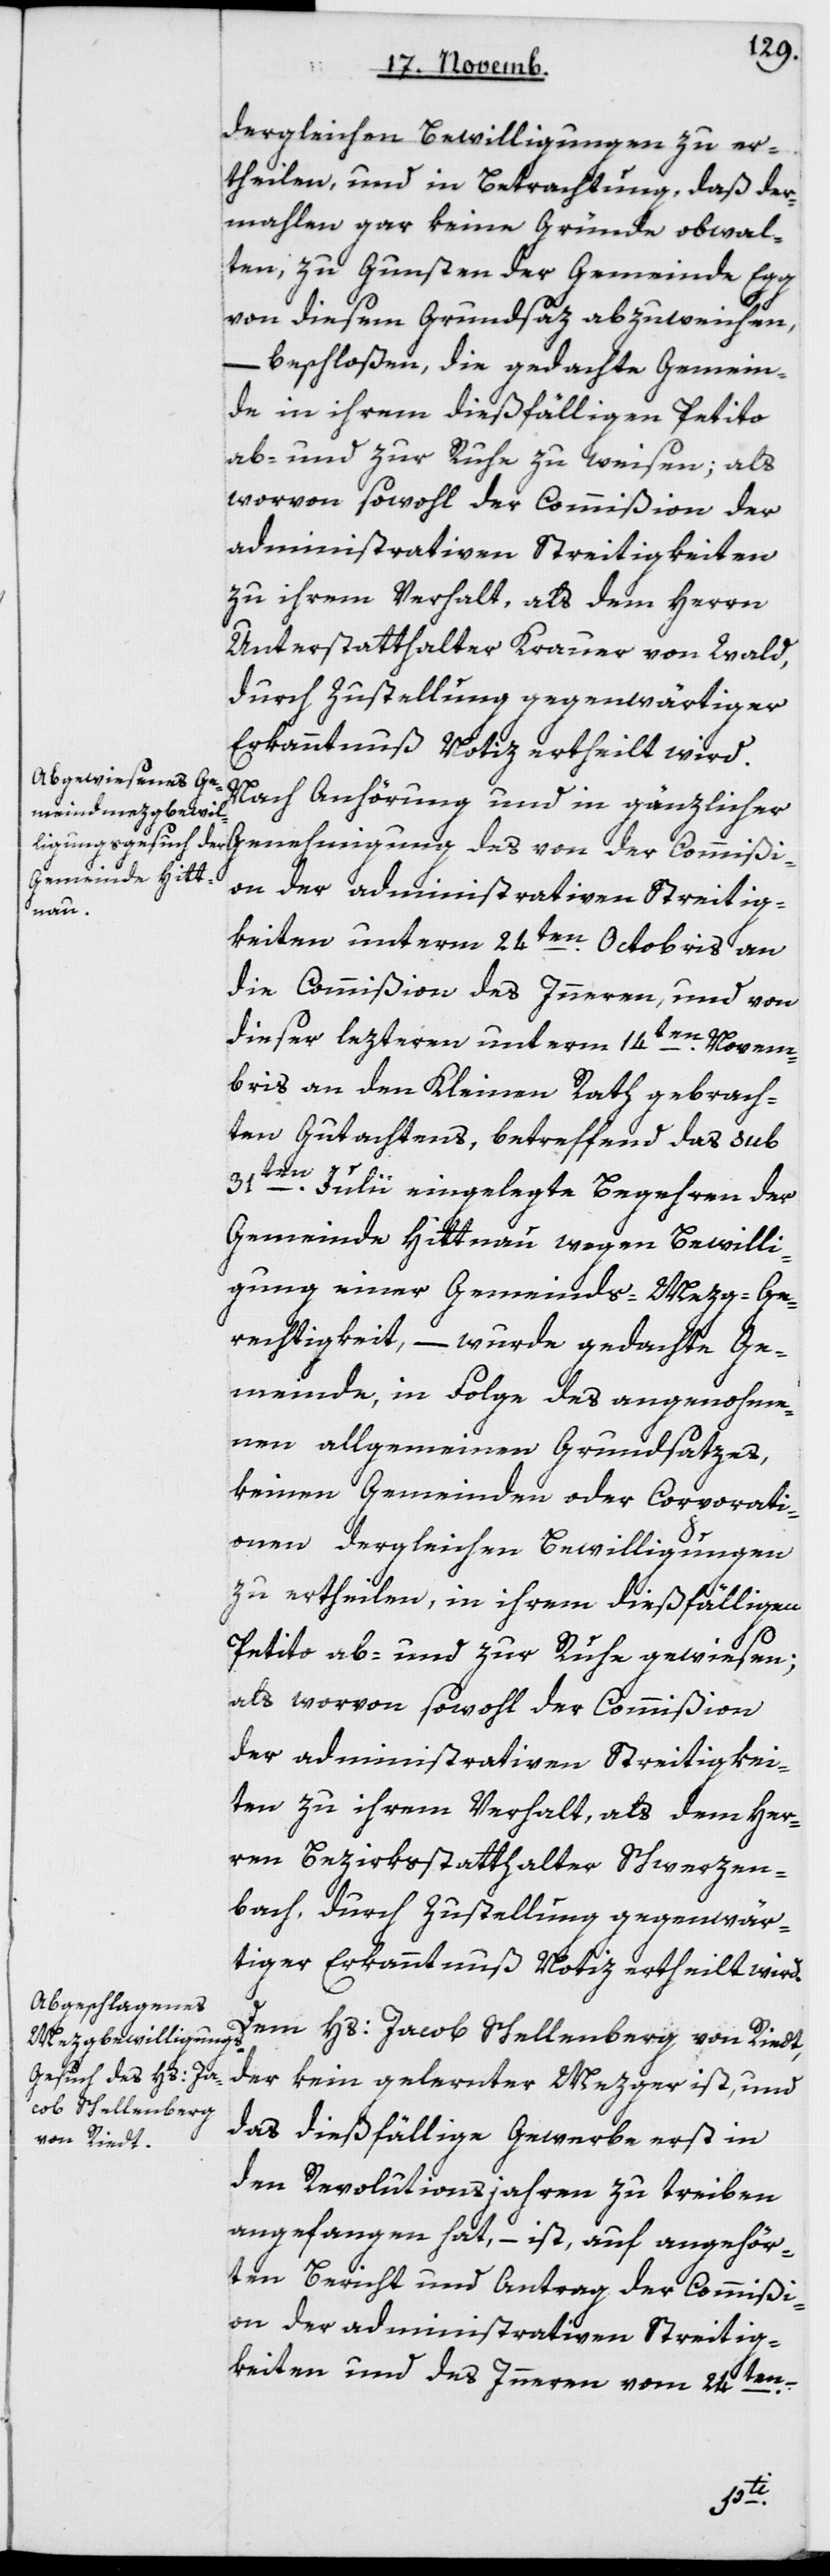
dergleichen Bewilligungen zu er¬
theilen, und in Betrachtung, daß der¬
mahlen gar keine Gründe obwal¬
ten, zu Gunsten der Gemeinde Egg
von diesem Grundsaz abzuweichen,
–
beschloßen, die gedachte Gemein¬
de in ihrem dießfälligen Petito
ab- und zur Ruhe zu weisen; als
worvon sowohl der Commißion der
administrativen Streitigkeiten
zu ihrem Verhalt, als dem Herrn
Unterstatthalter Krauer von Wald,
durch Zustellung gegenwärtiger
Erkanntnuß Notiz ertheilt wird.
Nach Anhörung und in gänzlicher
Genehmigung des von der Commißi¬
on der administrativen Streitig¬
keiten unterm 24ten Octobris an
die Commißion des Innern und von
dieser lezteren unterm 14ten Novem¬
bris an den Kleinen Rath gebrach¬
ten Gutachtens, betreffend das sub
31ten Julii eingelegte Begehren der
Gemeinde Hittnau wegen Bewilli¬
gung einer Gemeinds-Mezg-Ge¬
rechtigkeit, – wurde gedachte Ge¬
meinde, in Folge des angenohme¬
nen allgemeinen Grundsatzes,
keinen Gemeinden oder Corporati¬
onen dergleichen Bewilligungen
zu ertheilen, in ihrem dießfälligen
Petito ab- und zur Ruhe gewiesen;
als worvon sowohl der Commißion
der administrativen Streitigkei¬
ten zu ihrem Verhalt, als dem Her¬
ren Bezirksstatthalter Schwerzen¬
bach, durch Zustellung gegenwär¬
tiger Erkanntnuß Notiz ertheilt wird.
Dem Hs. Jacob Schellenberg von Riedt,
der kein gelernter Mezger ist, und
das diesfällige Gewerbe erst in
den Revolutionsjahren zu treiben
angefangen hat, – ist, auf angehör¬
ten Bericht und Antrag der Commißi¬
on der administrativen Streitig¬
keiten und des Innern vom 24ten